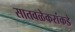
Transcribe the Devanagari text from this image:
सातवळेकरांकडे